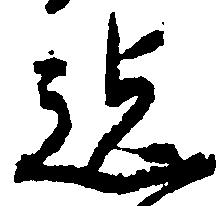
迄